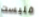
فليست